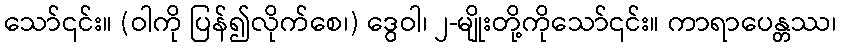
သော်၎င်း။ (ဝါကို ပြန်၍လိုက်စေ၊) ဒွေဝါ၊ ၂-မျိုးတို့ကိုသော်၎င်း။ ကာရာပေန္တဿ၊